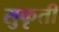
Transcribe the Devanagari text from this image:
सुकृती